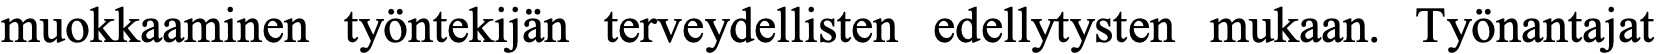
muokkaaminen työntekijän terveydellisten edellytysten mukaan. Työnantajat